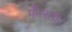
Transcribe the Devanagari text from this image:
फँसता।